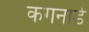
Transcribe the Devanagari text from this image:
कगनार्ड